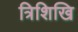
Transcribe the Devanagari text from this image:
त्रिशिखि